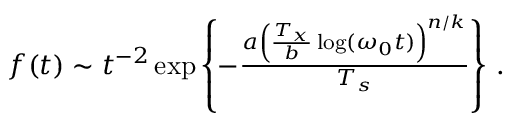
\begin{array} { r } { f ( t ) \sim t ^ { - 2 } \exp \left\{ - \frac { a \left( \frac { T _ { x } } { b } \log ( \omega _ { 0 } t ) \right) ^ { n / k } } { T _ { s } } \right\} \, . } \end{array}